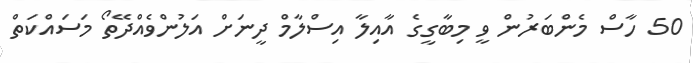
50 ހާސް މެންބަރުން ވީ މިބާގީގެ އާއިލާ އިސްލާމް ދީނަށް އަލުންވެއްދޭތޯ މަސައްކަތް